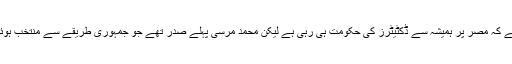
خیال رہے کہ مصر پر ہمیشہ سے ڈکٹیٹرز کی حکومت ہی رہی ہے لیکن محمد مرسی پہلے صدر تھے جو جمہوری طریقے سے منتخب ہوئے تھے۔